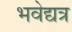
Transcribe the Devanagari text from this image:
भवेद्यत्र